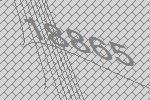
18865